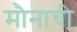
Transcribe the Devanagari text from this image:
मौनाची